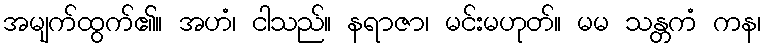
အမျက်ထွက်၏။ အဟံ၊ ငါသည်။ နရာဇာ၊ မင်းမဟုတ်။ မမ သန္တကံ ကန၊